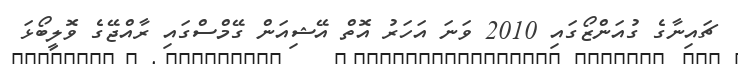
ޗައިނާގެ ގުއަންޒޯގައި 2010 ވަނަ އަހަރު އޮތް އޭޝިއަން ގޭމްސްގައި ރާއްޖޭގެ ވޮލީބޯޅަ